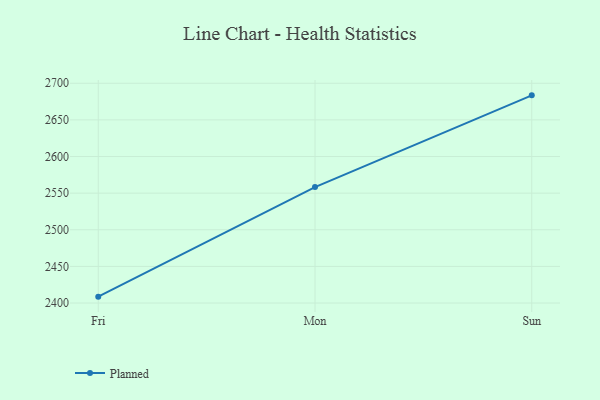
{"axis": {"x": "Day", "y": "Churn Rate (%)"}, "legend": ["Planned"], "data": [{"x": "Fri", "y": 2408.7, "type": "Planned"}, {"x": "Mon", "y": 2558.3, "type": "Planned"}, {"x": "Sun", "y": 2683.5, "type": "Planned"}]}